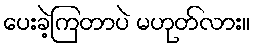
ပေးခဲ့ကြတာပဲ မဟုတ်လား။